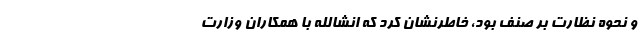
و نحوه نظارت بر صنف بود، خاطرنشان کرد که انشالله با همکاران وزارت